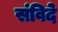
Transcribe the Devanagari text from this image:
संविदे